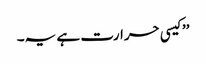
’’کیسی حرارت ہے یہ۔